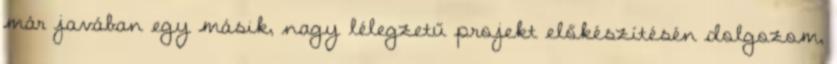
már javában egy másik, nagy lélegzetű projekt előkészítésén dolgozom,